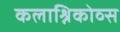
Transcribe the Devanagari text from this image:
कलाश्निकोव्स